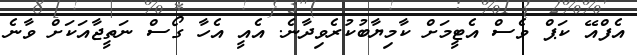
އެފްއޭ ކަޕް ވެސް އެޓީމަށް ކާމިޔާބުކުރެވިދާނެ. އެއީ އެހާ ގޯސް ނަތީޖާއަކަށް ވާނެ